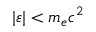
| \varepsilon | < m _ { e } c ^ { 2 }